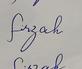
Signature authenticity: genuine